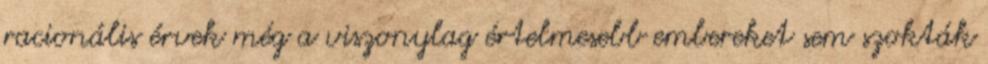
racionális érvek még a viszonylag értelmesebb embereket sem szokták